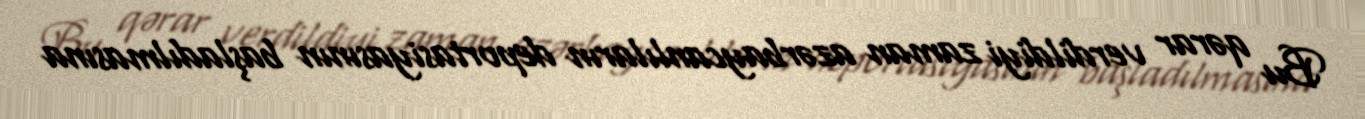
Bu qərar verdildiyi zaman azərbaycanlıların deportasiyasının başladılmasına